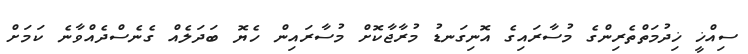
ސިއްޚީ ޚިދުމަތްތެރިންގެ މުސާރައިގެ އޮނިގަނޑު މުރާޖާކޮށް މުސާރައިން ހެޔޮ ބަދަލެއް ގެނެސްދެއްވާނެ ކަމަށް